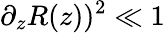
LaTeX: \partial_{z}R(z))^{2}\ll 1